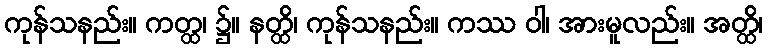
ကုန်သနည်း။ ကတ္ထ၊ ၌။ နတ္ထိ၊ ကုန်သနည်း။ ကဿ ဝါ၊ အားမူလည်း။ အတ္ထိ၊